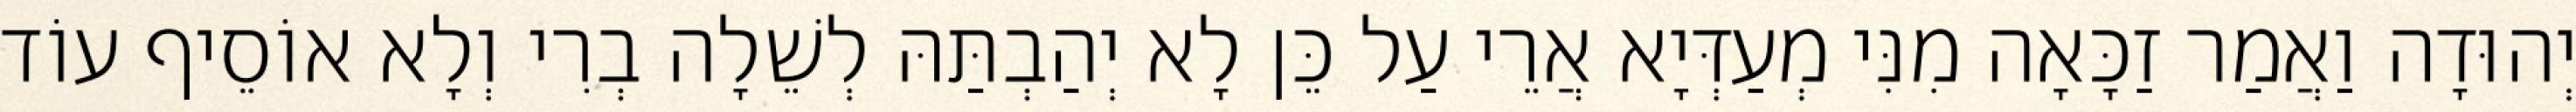
יְהוּדָה וַאֲמַר זַכָּאָה מִנִּי מְעַדְּיָא אֲרֵי עַל כֵּן לָא יְהַבְתַּהּ לְשֵׁלָה בְרִי וְלָא אוֹסֵיף עוֹד